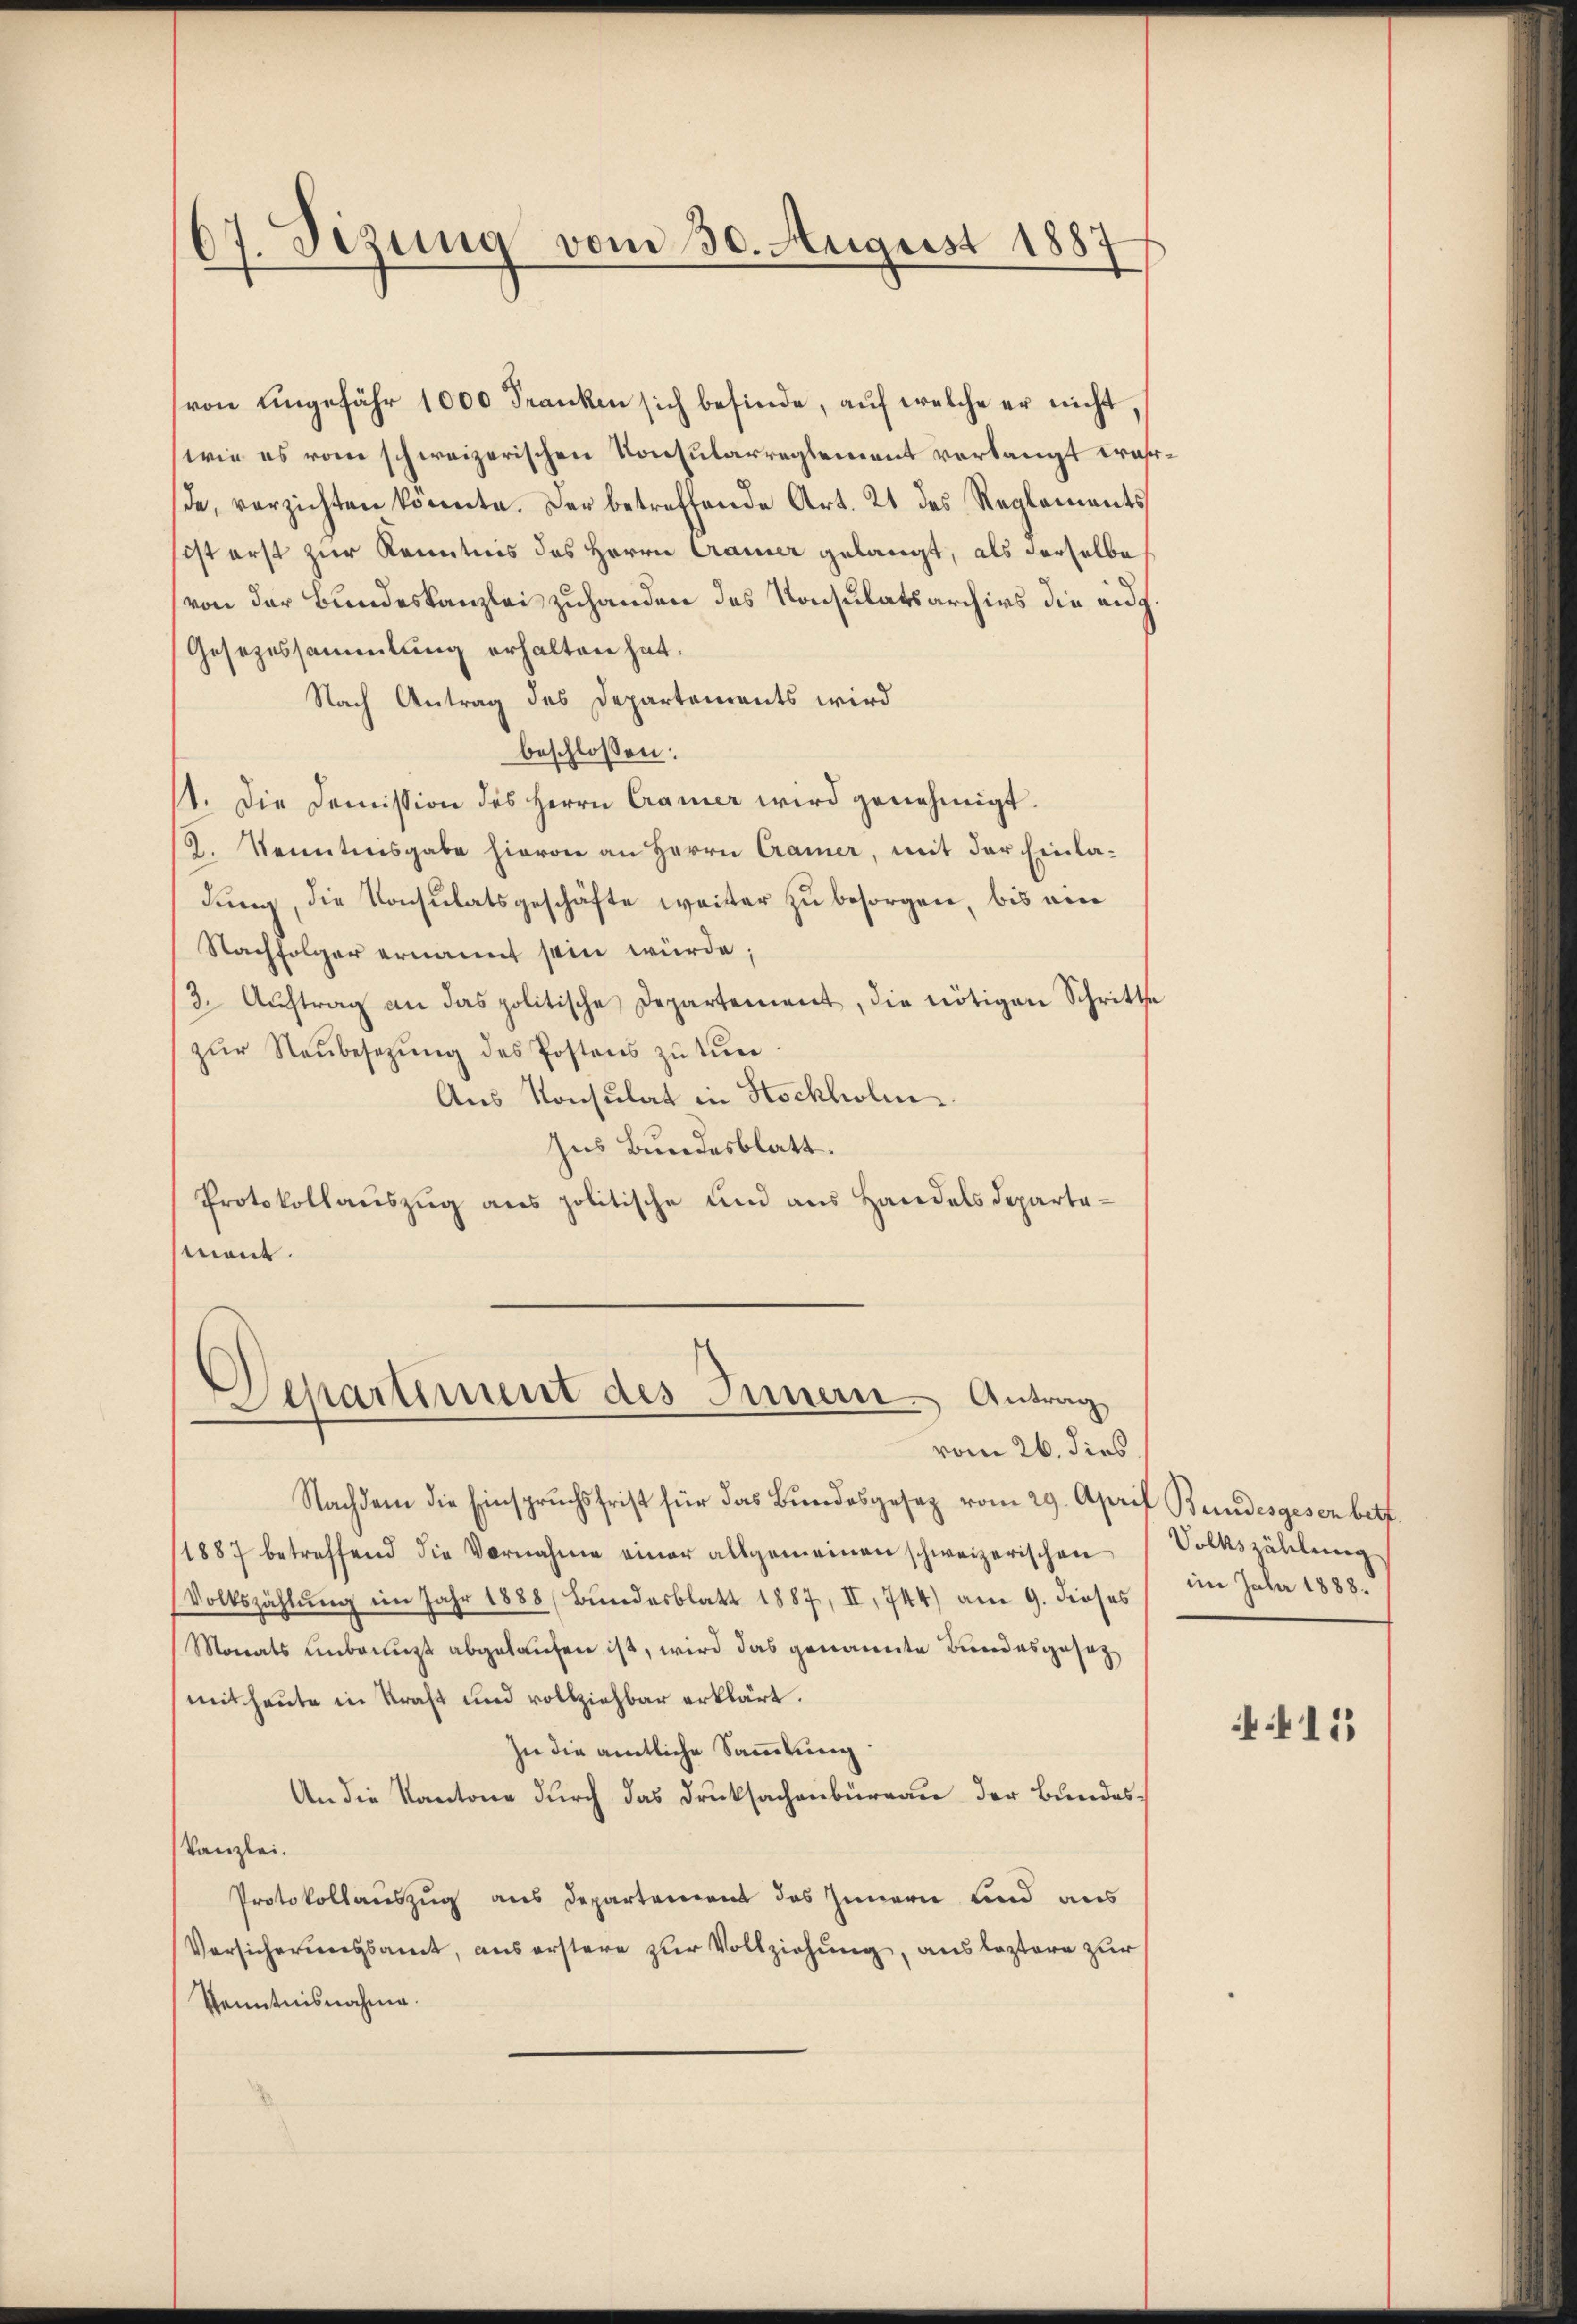
67. Sezung vom 30. August 1887

von ungefähr 1000 Franken sich befinde, auf welche er nicht,
wie es vom schweizerischen Konsularreglement verlangt wahr.
de, verzichten könnte. Der betreffende Art. 21 des Reglements
ist erst zur Kenntnis des Herrn Cramer gelangt, als derselbe
von der Bundeskanzlei zuhanden des Konsulatsarchivs die eid¬
Gesezessammlung erhalten hat.
Nach Antrag des Departements wird
beschlossen:
st. Die Doṁission des Herrn Cramer wird genehmigt.
2. Kenntnisgabe hievon an Herrn Cramer, mit der Einladung, die Konsulatsgeschäfte weiter zu besorgen, bis ein
Nachfolger ernannt sein würde;
3. Aŭftrag an das politische Departement, die nötigen Schritte
zŭr Neŭbesetzŭng des Postens zu tuer
Aus Konsulat in Stockholm.
Ins Bundesblatt.
Protokollauszug aus politische und aus Handels Departemant.

Separtiment des Innern. Antrag

vom 26. dies
Nachdem die Einspruchsfrist für das Bundesgesetz vom 29. April Bundesgesen bett.
1887 betreffend die Vornahme einer allgemeinen schweizerischen
Volkszählŭng im Jahr 1888 (Bundesblatt 1887, II. 744) am 9. dieses
Monats unbeengt abgelaufen ist, wird das genannte Bundesgesetz
(mit heute in Kraft und vollziehbar erklärt.
In die amtliche Sammlung:
An die Kantone durch das Drucksachenbüreau der Bundes¬
Kanzlei.
Protokollauszug aus Departement des Innern und aus
Versicherungsamt, aus erstere zur Vollziehung, aus leztere zur
Kenntnisnahme.

Volkszählung
im Jahr 1888.

415